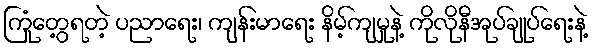
ကြုံတွေ့ရတဲ့ ပညာရေး၊ ကျန်းမာရေး နိမ့်ကျမှုနဲ့ ကိုလိုနီအုပ်ချုပ်ရေးနဲ့